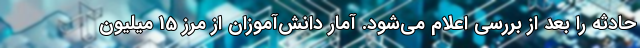
حادثه را بعد از بررسی اعلام می‌شود. آمار دانش‌آموزان از مرز 15 میلیون